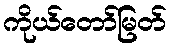
ကိုယ်တော်မြတ်